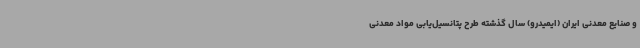
و صنایع معدنی ایران (ایمیدرو) سال گذشته طرح پتانسیل‌یابی مواد معدنی